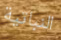
النباتية